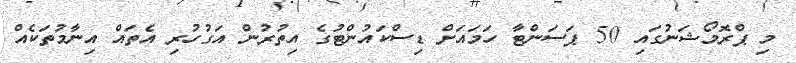
މި ޕްރޮމޯޝަނުގައި 50 ޕަސަންޓާ ހަމައަށް ޑިސްކައުންޓުގެ އިތުރުން އަގުހުރި އެތައް އިނާމުތަކެއް